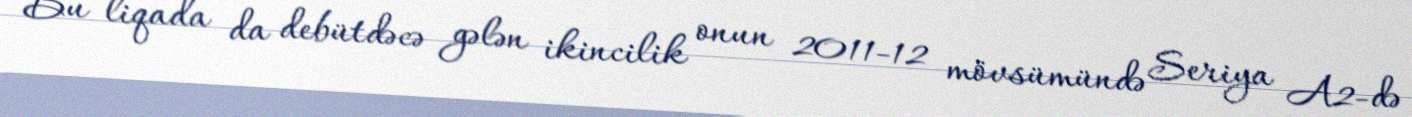
Bu liqada da debütdəcə gələn ikincilik onun 2011-12 mövsümündə Seriya A2-də